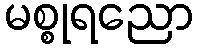
မစ္စုရညော